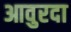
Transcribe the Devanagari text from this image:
आवुरदा